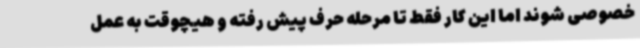
خصوصی‌ شوند اما این کار فقط تا مرحله حرف پیش رفته و هیچوقت به عمل